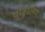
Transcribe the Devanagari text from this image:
पांडुलिप